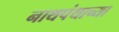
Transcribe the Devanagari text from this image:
नाथपंथाच्या